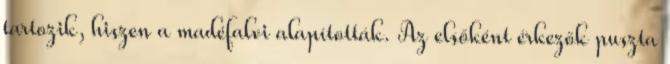
tartozik, hiszen a madéfalvi alapították. Az elsőként érkezők puszta